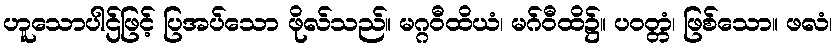
ဟူသောပါဌ်ဖြင့် ပြအပ်သော ဖိုလ်သည်။ မဂ္ဂဝီထိယံ၊ မဂ်ဝီထိ၌။ ပဝတ္တံ၊ ဖြစ်သော။ ဖလံ၊